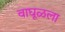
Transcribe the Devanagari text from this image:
वाघूळला